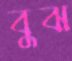
বুঝ